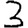
Digit: 3